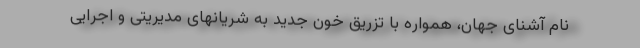
نام آشنای جهان، همواره با تزریق خون جدید به شریانهای مدیریتی و اجرایی